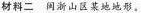
材料二 闵渐山区某地地形。